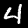
Label: 4